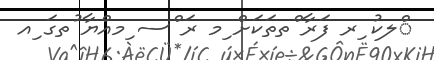
ްލކު ިރ ފަރާ ްތތަކަށް ިމ ރަ ްސ ިމއްޔާ ުތގަ ިއ